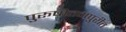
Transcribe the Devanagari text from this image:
पुरूषोत्तमपुरीत